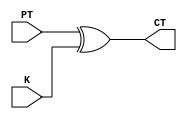
`timescale 1ns / 1ps
//////////////////////////////////////////////////////////////////////////////////
// Company: 
// Engineer: 
// 
// Design Name: 
// Module Name: ebc_enc_1bit
// Project Name: 
// Target Devices: 
// Tool Versions: 
// Description: 
// 
// Dependencies: 
// 
// Revision:
// Revision 0.01 - File Created
// Additional Comments:
// 
//////////////////////////////////////////////////////////////////////////////////


module ecb_enc_1bit(
    K,
    PT,
    CT
    );
    
    // basically this module encrypts one by one
    input K;
    input PT;
    output CT;
    
    assign CT = PT ^ K;
endmodule